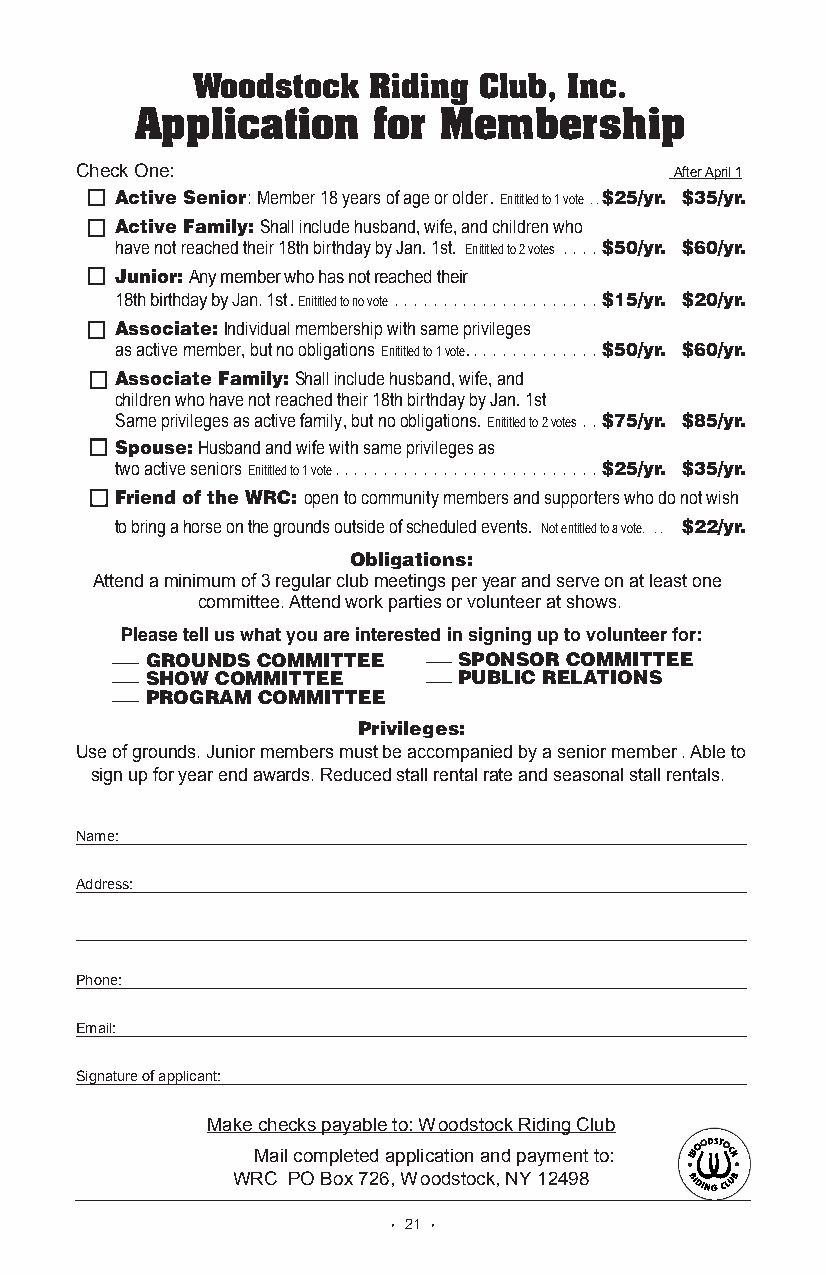
Woodstock  Riding  Club, Inc.
 Application     for Membership
 Check One:                              After April 1
 Active Senior: Member 18 years of age or older.Enititled to 1 vote. . $25/yr. $35/yr.
 Active Family:Shall include husband, wife, and children who
 have not reached their 18th birthday by Jan. 1st. Enititled to 2 votes . . . . $50/yr. $60/yr.
 Junior: Any member who has not reached their
 18th birthday by Jan. 1st. Enititled to no vote. . . . . . . . . . . . . . . . . . . . . $15/yr. $20/yr.
 Associate:Individual membership with same privileges
 as active member, but no obligations Enititled to 1 vote.. . . . . . . . . . . . . $50/yr. $60/yr.
 Associate Family:Shall include husband, wife, and
 children who have not reached their 18th birthday by Jan. 1st
 Same privileges as active family, but no obligations. Enititled to 2 votes. . $75/yr. $85/yr.
 Spouse:Husband and wife with same privileges as
 two active seniors Enititled to 1 vote. . . . . . . . . . . . . . . . . . . . . . . . . . . $25/yr. $35/yr.
 Friend of the WRC: open to community members and supporters who do not wish
 to bring a horse on the grounds outside of scheduled events. Not entitled to a vote. . . $22/yr.
 Obligations:
 Attend a minimum of 3 regular club meetings per year and serve on at least one
 committee. Attend work parties or volunteer at shows.
 Please tell us what you are interested in signing up to volunteer for:
 GROUNDS COMMITTEE   SPONSOR COMMITTEE
 SHOW COMMITTEE      PUBLIC RELATIONS
 PROGRAM COMMITTEE
 Privileges:
 Use of grounds. Junior members must be accompanied by a senior member. Able to
 sign up for year end awards. Reduced stall rental rate and seasonal stall rentals.
 Name:
 Address:
 Phone:
 Email:
 Signature of applicant:
 Make checks payable to: Woodstock Riding Club
 Mail completed application and payment to:
 WRC PO Box 726, Woodstock, NY 12498
 • 21 •